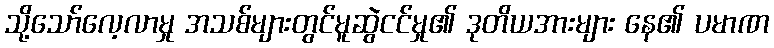
သို့သော်လေ့လာမှု အသစ်များတွင်မူဆွဲငင်မှု၏ ဒုတိယအားများ နေ၏ ပမာဏ